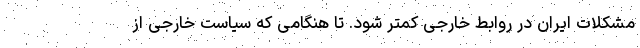
مشکلات ایران در روابط خارجی کمتر شود. تا هنگامی که سیاست خارجی از